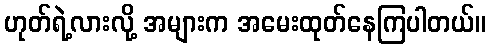
ဟုတ်ရဲ့လားလို့ အများက အမေးထုတ်နေကြပါတယ်။